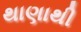
થાણાથી